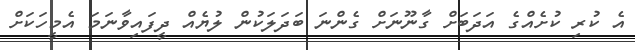
އެ ކުރި ކުށެއްގެ އަދަބަށް ގާނޫނަށް ގެންނަ ބަދަލަކުން ލުޔެއް ދީފައިވާނަމަ އެމީހަކަށް